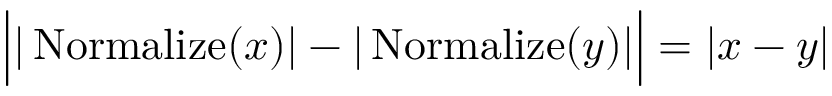
\Big | | \operatorname { N o r m a l i z e } ( x ) | - | \operatorname { N o r m a l i z e } ( y ) | \Big | = | x - y |